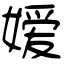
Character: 嫒